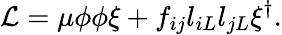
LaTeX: {\cal L}=\mu\phi\phi\xi+f_{ij}l_{iL}l_{jL}\xi^{\dagger}.